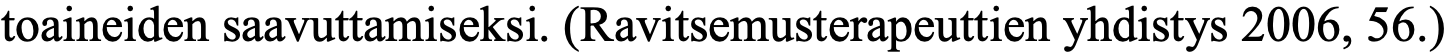
toaineiden saavuttamiseksi. (Ravitsemusterapeuttien yhdistys 2006, 56.)